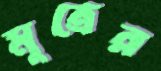
মূত্রের